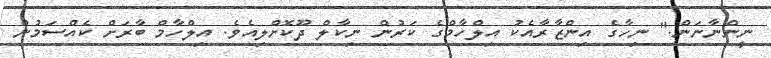
ނީންނާނަން." ނިހާގެ އިންޒާރާއެކު އިލްހާމްގެ ކަރުން ނިކާލް ދޫކޮށްލިއެވެ. އިލްހާމް ބާރަށް ކެއްސަމުން